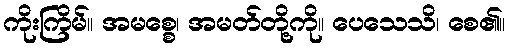
ကိုးကြိမ်။ အမစ္စေ၊ အမတ်တို့ကို။ ပေသေသိ၊ စေ၏။